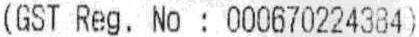
(GST REG. NO : 000670224384)